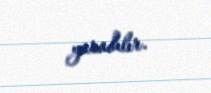
yaradılır.